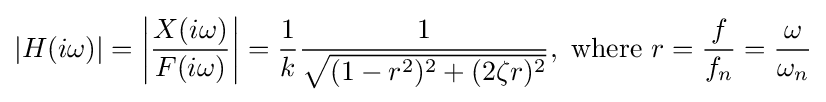
|H(i\omega )|=\left|{X(i\omega ) \over F(i\omega )}\right|={1 \over k}{1 \over {\sqrt {(1-r^{2})^{2}+(2\zeta r)^{2}}}},{\text{ where }}r={\frac {f}{f_{n}}}={\frac {\omega }{\omega _{n}}}